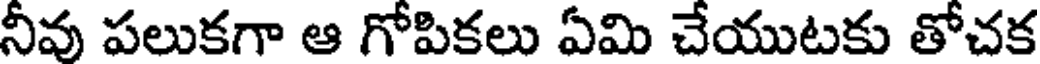
నీవు పలుకగా ఆ గోపికలు ఏమి చేయుటకు తోచక